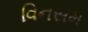
વિનસમ